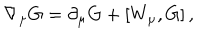
\nabla _ { \mu } G = \partial _ { \mu } G + \left[ W _ { \mu } , G \right] ,